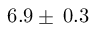
6 . 9 \pm \: 0 . 3